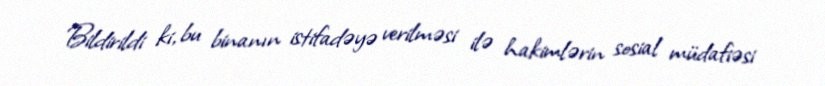
Bildirildi ki, bu binanın istifadəyə verilməsi ilə hakimlərin sosial müdafiəsi